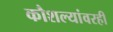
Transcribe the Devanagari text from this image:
कौशल्यांवरही